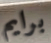
برايم